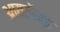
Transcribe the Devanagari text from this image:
आयलॅन्ड